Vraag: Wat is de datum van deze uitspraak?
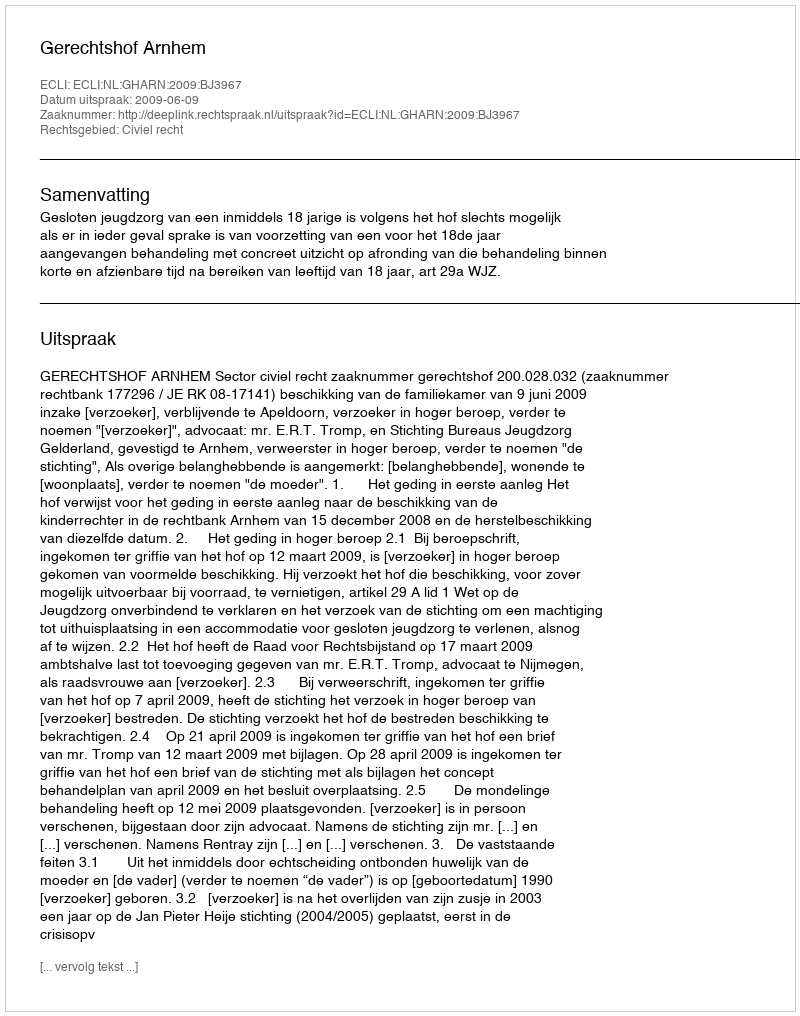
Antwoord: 2009-06-09